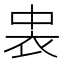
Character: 𮕪